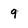
Character: 9